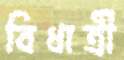
বিধাত্রী